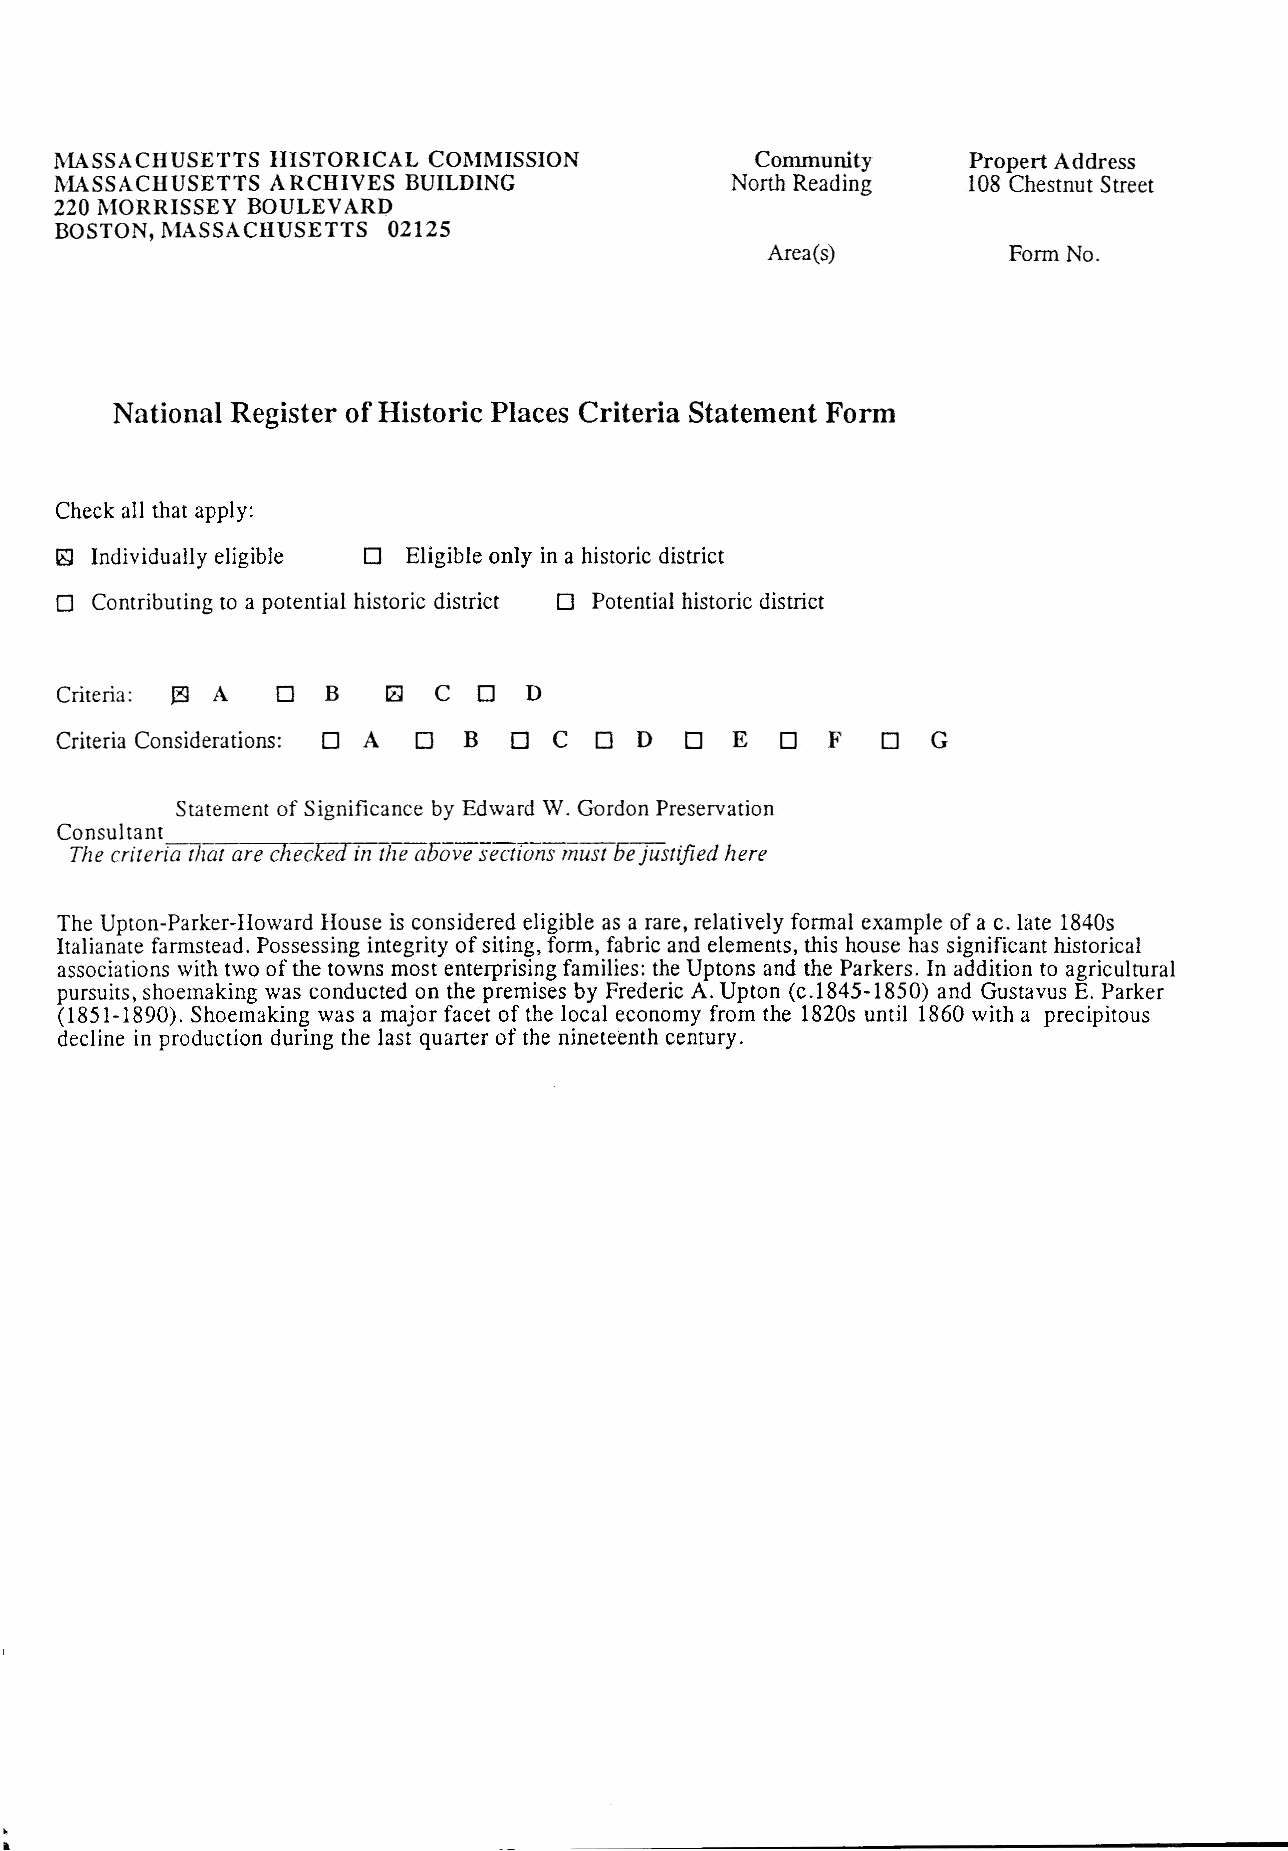
MASSACHUSETTS HISTORICAL COMMISSION           Community     Propert Address
 lVlASSACHUSETTS ARCHIVES BUILDING           North Reading   108 Chestnut Street
 220 MORRISSEY BOULEVARD
 BOSTON, MASSACHUSETTS 02125
 Area(s)         Form No.
 National Register of Historic Places Criteria Statement Form
 Check all that apply:
 [g Individually eligible D Eligible only in a historic district
 o                                o
 Contributing to a potential historic district Potential historic district
 Criteria: ~ A D   B   Il] COD
 Criteria Considerations: OA 0 B DC OD    DE     0  FOG
 Statement of Significance by Edward W. Gordon Preservation
 Consultant
 The criteria that are checked in the aoove sections mustoe justified here
 The Upton-Parker-Howard House is considered eligible as a rare, relatively formal example of a c. late 1840s
 Italianate farmstead. Possessing integrity of siting, form, fabric and elements, this house has significant historical
 associations with two of the towns most enterprising families: the Uptons and the Parkers. In addition to agricultural
 pursuits, shoemaking was conducted on the premises by Frederic A. Upton (c.1845-1850) and Gustavus E. Parker
 (1851-1890). Shoemaking was a major facet of the local economy from the 1820s until 1860 with a precipitous
 decline in production during the last quarter of the nineteenth century.